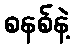
စနစ်နဲ့